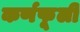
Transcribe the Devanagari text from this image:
कर्णफूली